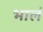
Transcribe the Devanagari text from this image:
भालं